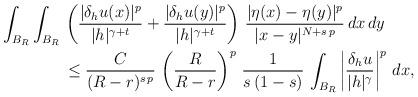
LaTeX: \begin{align*}\int_{B_R}\int_{B_R}\,& \left(\frac{|\delta_h u(x)|^{p}}{|h|^{\gamma+t}}+\frac{|\delta_h u(y)|^{p}}{|h|^{\gamma+t}}\right)\, \frac{|\eta(x)-\eta(y)|^p}{|x-y|^{N+s\,p}}\,dx\,dy\\&\le \frac{C}{(R-r)^{s\,p}}\,\left(\frac{R}{R-r}\right)^p\,\frac{1}{s\,(1-s)}\,\int_{B_R} \left|\frac{\delta_h u}{|h|^{\gamma}}\right|^p\,dx,\end{align*}